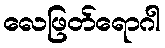
လေဖြတ်ရောဂါ